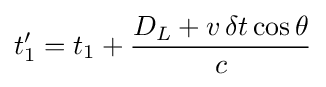
t_{1}'=t_{1}+{\frac {D_{L}+v\,\delta t\cos \theta }{c}}